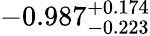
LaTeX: -0.987_{-0.223}^{+0.174}